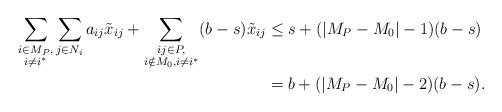
LaTeX: \begin{align*}\sum_{\substack{i \in M_P, \\ i \neq i^*}} \sum_{j \in N_i} a_{ij} \tilde x_{ij} + \sum_{\substack{ij \in P,\\ i \notin M_0, i \neq i^*}} (b-s) \tilde x_{ij}& \leq s + (|M_P - M_0| - 1)(b-s) \\& = b + (|M_P - M_0| - 2)(b-s).\end{align*}